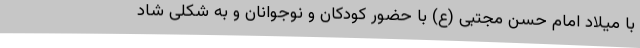
با میلاد امام حسن مجتبی (ع) با حضور کودکان و نوجوانان و به شکلی شاد